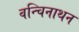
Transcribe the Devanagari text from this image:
वन्चिनाथन